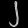
Digit: ၂